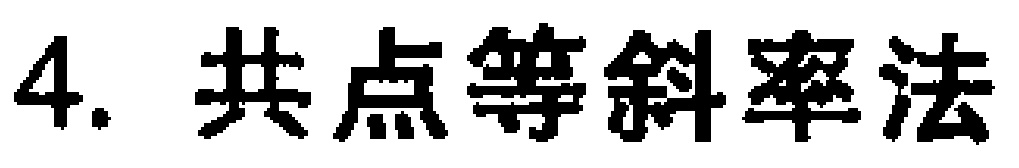
4. 共点等斜率法